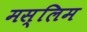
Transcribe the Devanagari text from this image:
मस्लिम